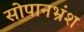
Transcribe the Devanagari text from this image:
सोपानभ्रंश